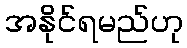
အနိုင်ရမည်ဟု